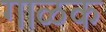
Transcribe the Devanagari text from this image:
गाळक